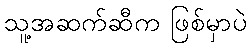
သူ့အဆက်ဆီက ဖြစ်မှာပဲ